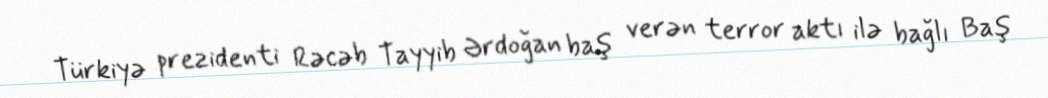
Türkiyə prezidenti Rəcəb Tayyib Ərdoğan baş verən terror aktı ilə bağlı Baş